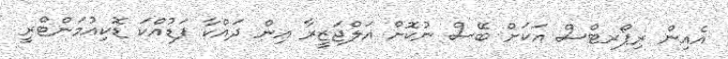
އެއިން ރިޕޯރޓްސް އަކަށް ބޭސް ނުކޮށް އަލްޖަޒީރާ އިން ދައްކާ ފަޑުއްކަ ޑޮކިއުމަންޓްރީ